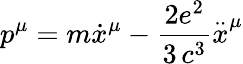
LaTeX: p^{\mu}=m\dot{x}^{\mu}-\frac{2e^{2}}{3\, c^{3}}\stackrel{..}{x}^{\mu}